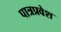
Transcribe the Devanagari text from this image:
पात्रप्रवेश